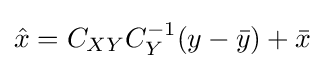
{\hat {x}}=C_{XY}C_{Y}^{-1}(y-{\bar {y}})+{\bar {x}}